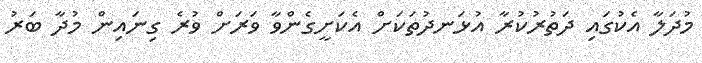
މުދަލާ އެކުގައި ދަތުރުކުރާ އުޅަނދުތަކަށް އެކަށީގެންވާ ވަރަށް ވުރެ ގިނައިން މުދާ ބަރު